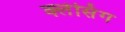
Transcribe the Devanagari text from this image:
क्लेसिंग